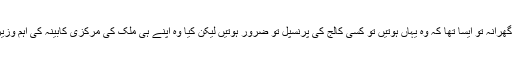
سعیدہ وارثی کا گھرانہ تو ایسا تھا کہ وہ یہاں ہوتیں تو کسی کالج کی پرنسپل تو ضرور ہوتیں لیکن کیا وہ اپنے ہی ملک کی مرکزی کابینہ کی اہم وزیر بھی بن جاتیں؟